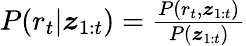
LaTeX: \begin{array}{r}{P(r_{t}|\boldsymbol{z}_{1:t})=\frac{P(r_{t},\boldsymbol{z}_{1:t})}{P(\boldsymbol{z}_{1:t})}}\end{array}